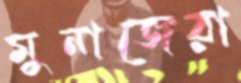
মুনাজেরা